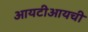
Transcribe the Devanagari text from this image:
आयटीआयची